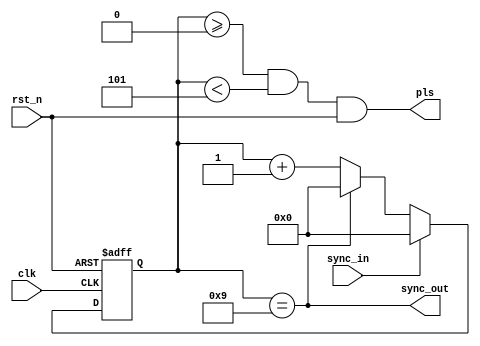
////////////////////////////////////////////////////////////////
// Daria Pankova Mon Jun  8 14:07:54 EDT 2015
// pgen.v
//
// "Pulse generator"
// A custom Verilog HDL module.
// Creates a custom waveform from a clock signal.
// (with user set phase, period and length)
// WARNING: if the parameters are wrong they are going 
// to be set to default
////////////////////////////////////////////////////////////////

module pgen
  (
   input  clk,      // clock
   input  rst_n,    // reset
   input  sync_in,  // incoming syncronization
   output pls,      // the resulting wave
   output sync_out  // the outgoing syncronization
   );

   // Parameters
   parameter P_CLK_FREQ_HZ = 20000000; // 20MHz system clock
   parameter P_FREQ_HZ = 2000000; // 2MHz default output waveform
   parameter P_DUTY_CYCLE_PERCENT = 50; // 50% default duty cycle
   parameter P_PHASE_DEG = 0; // 0 degree phase by default

   //Function for setting period count value
   function integer set_period;
      input integer P_CLK_FREQ_HZ;
      input integer P_FREQ_HZ;
      //if clock frequency is higher then 
      //module outputs calculated frequncy value
      if (P_CLK_FREQ_HZ > P_FREQ_HZ) set_period = P_CLK_FREQ_HZ/P_FREQ_HZ;
      //if not sets the default
      else set_period = 10;
   endfunction // if
   
   //Setting perion count value
   localparam PERIOD_CNT = set_period(P_CLK_FREQ_HZ,P_FREQ_HZ);
     
   //Function for setting phase count value
   function integer set_phase;
      input integer PERIOD_CNT;
      input integer P_PHASE_DEG;
      input integer P_DUTY_CYCLE_PERCENT;
      integer 	    duty_cycle;
      integer 	    phase_int;
      integer 	    phase;
      integer 	    condition;
      
      begin //calculate the condition 
	 // (period count smaller than phace and duty cycle counts)
	 duty_cycle = P_DUTY_CYCLE_PERCENT*PERIOD_CNT/100;
	 phase_int  = P_PHASE_DEG/360;
	 phase = PERIOD_CNT*(P_PHASE_DEG - phase_int*360)/360;
	 condition = (PERIOD_CNT < (phase + duty_cycle));
	 //if condition is true set the default
	 if (condition) set_phase = 1;
	 //if not set the calculated value
	 else set_phase = phase;
      end
   endfunction // if
   //Setting phase count value
   localparam PHASE_CNT = set_phase(PERIOD_CNT,P_PHASE_DEG,P_DUTY_CYCLE_PERCENT);

   //Function setting duty cycle count value
   function integer set_duty_cycle;
      input integer PERIOD_CNT;
      input integer P_PHASE_DEG;
      input integer P_DUTY_CYCLE_PERCENT;
      integer 	    duty_cycle;
      integer 	    phase_int;
      integer 	    phase;
      integer 	    condition;
      
      begin //calculate the condition 
	 // (period count smaller than phace and duty cycle counts)
	 duty_cycle = P_DUTY_CYCLE_PERCENT*PERIOD_CNT/100;
	 phase_int  = P_PHASE_DEG/360;
	 phase = PERIOD_CNT*(P_PHASE_DEG - phase_int*360)/360;
	 condition = (PERIOD_CNT < (phase + duty_cycle));
	 //if condition is true set the default
	 if (condition) set_duty_cycle = 5;
	 //if not set the calculated value
	 else set_duty_cycle = duty_cycle;
      end
   endfunction // if
   //Setting duty cycle count value
   localparam DUTY_CYCLE_CNT = set_duty_cycle(PERIOD_CNT,P_PHASE_DEG,P_DUTY_CYCLE_PERCENT);
      
   // Internal counter
   // ceiling(log2()), used to figure out counter size.   
   function integer clogb2;
      input integer    value;
      for(clogb2=0;value>0;clogb2=clogb2+1)
	value = value >> 1;
   endfunction // for

   // Counter
   localparam NBITS = clogb2(PERIOD_CNT);
   reg [NBITS-1:0]     count;
   always @(posedge clk or negedge rst_n)
     begin
	if (!rst_n) count <= {NBITS{1'b0}};
	else
	  begin
	     if      (sync_in == 1'b1)       count <= {NBITS{1'b0}};
	     else if (count == PERIOD_CNT-1) count <= {NBITS{1'b0}};
	     else                            count <= count + 1'b1;
	  end
     end

   // Combinational
   assign sync_out = (count == PERIOD_CNT-1);
   assign pls = (count >= PHASE_CNT) && (count < PHASE_CNT+DUTY_CYCLE_CNT) && (rst_n);
   
endmodule